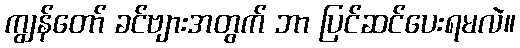
ကျွန်တော် ခင်ဗျားအတွက် ဘာ ပြင်ဆင်ပေးရမလဲ။